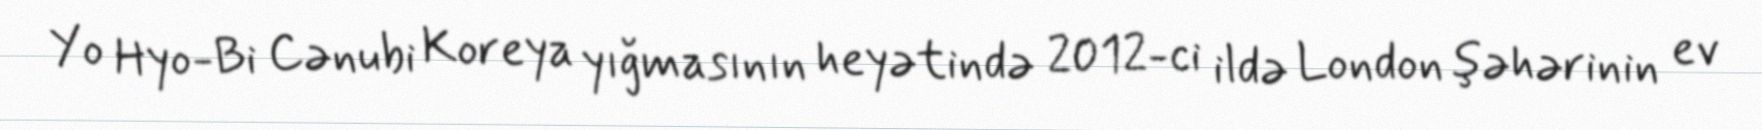
Yo Hyo-Bi Cənubi Koreya yığmasının heyətində 2012-ci ildə London şəhərinin ev